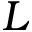
L